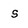
Character: s